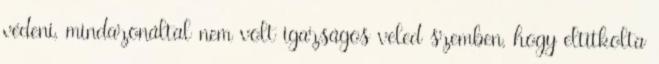
védeni, mindazonáltal nem volt igazságos veled szemben, hogy eltitkolta